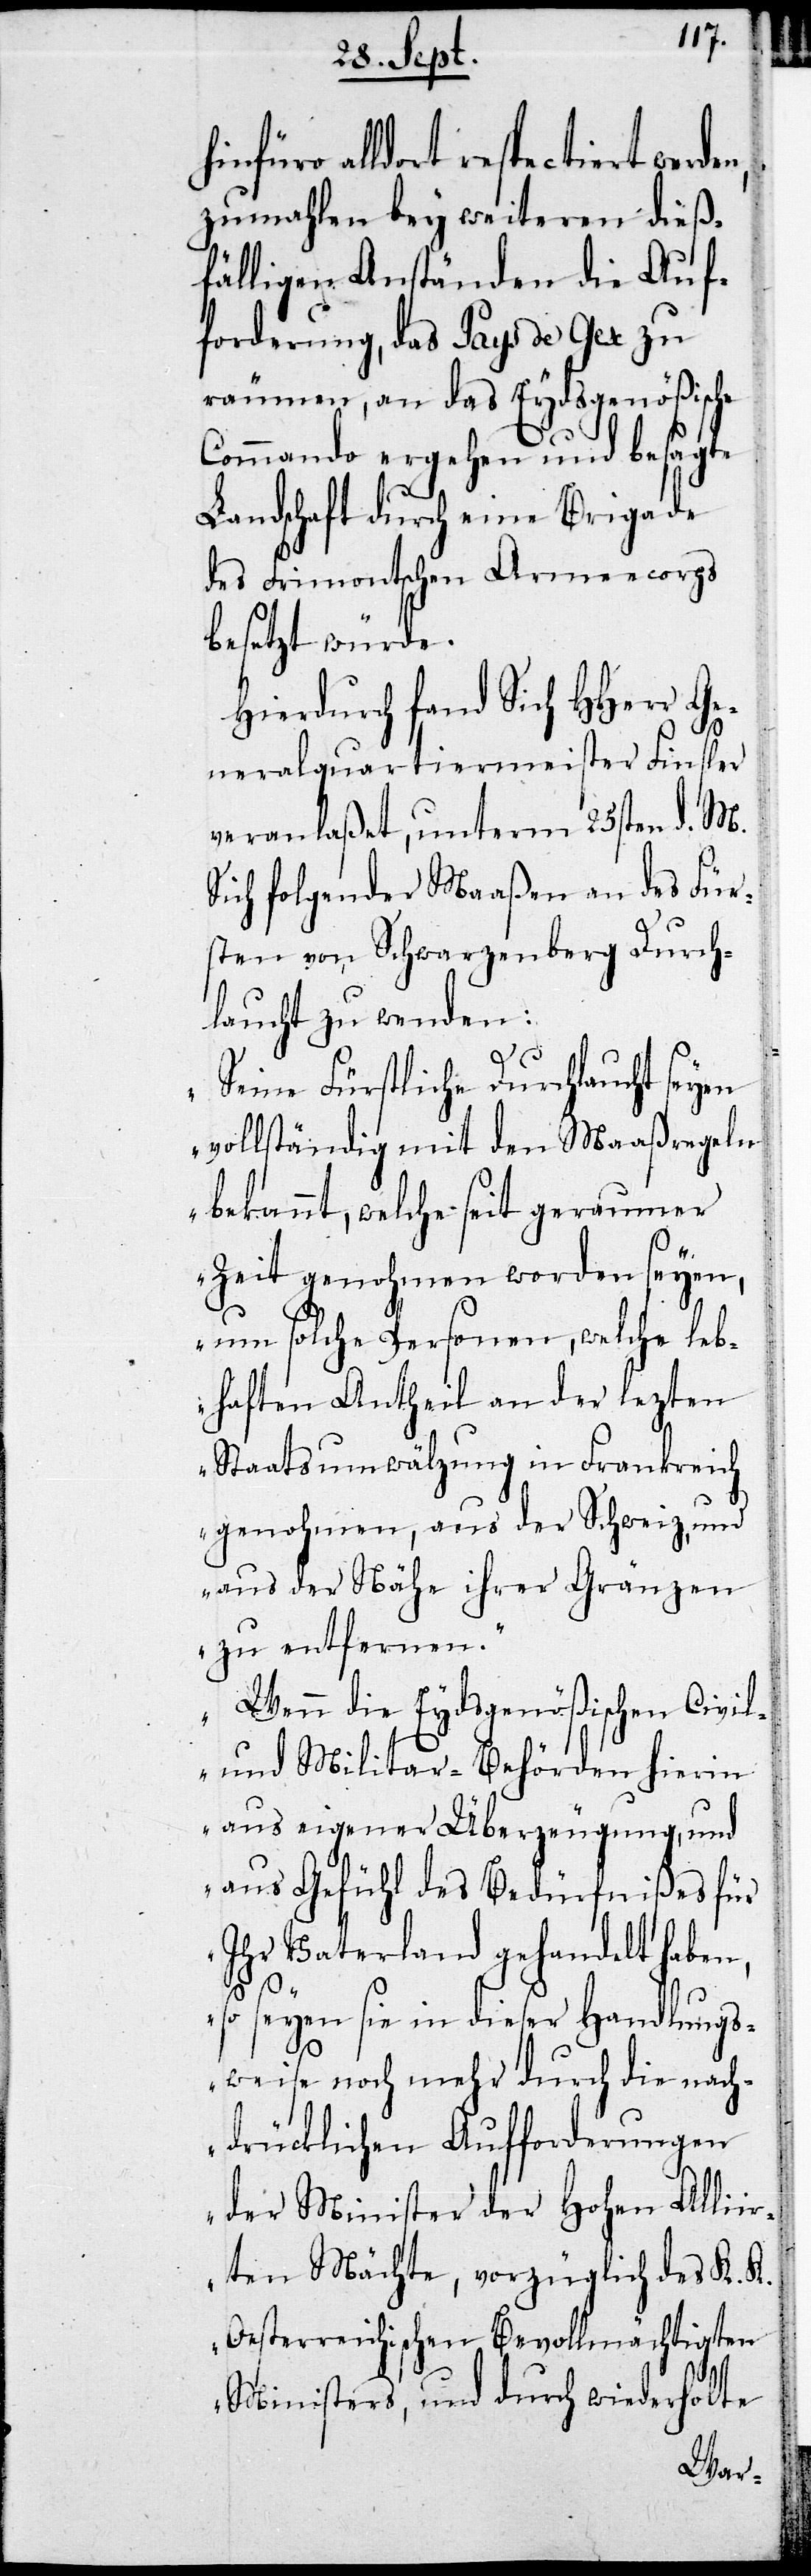
zumahlen bey weiteren dieß¬
fälligen Anständen die Auf¬
forderung, das Pays de Gex zu
räumen, an das Eydsgenößische
Commando ergehen und besagte
Landschaften durch eine Brigade
des Frimontischen Armeecorps
besetzt würde.
Hierdurch fand Sich HHerr Ge¬
neralquartiermeister Finsler
veranlaßt, unterm 25sten d. M.
Sich folgender Maaßen an des Für¬
sten von Schwarzenberg Durch¬
laucht zu wenden:
„Seine Fürstliche Durchlaucht seyen
vollständig mit den Maaßregeln
bekannt, welche seit geraumer
Zeit genohmen worden seyen,
um solche Personen, welche leb¬
haften Antheil an der lezten
Staatsumwälzung in Frankreich
genohmen, aus der Schweiz, und
aus der Nähe ihrer Gränzen
zu entfernen.
Wenn die Eydsgenößischen Civil-
und Militär-Behörden hierin
aus eigener Überzeugung, und
aus Gefühl des Bedürfnißes für
Ihr Vaterland gehandelt haben,
so seyen sie in dieser Handlungs¬
weise noch mehr durch die nach¬
drücklichen Aufforderungen
der Minister der Hohen Alliir¬
ten Mächte, vorzüglich des K. K.
Oesterreichischen Bevollmächtigten
Ministers, und durch wiederholte